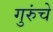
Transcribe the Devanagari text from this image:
गुरुंचे